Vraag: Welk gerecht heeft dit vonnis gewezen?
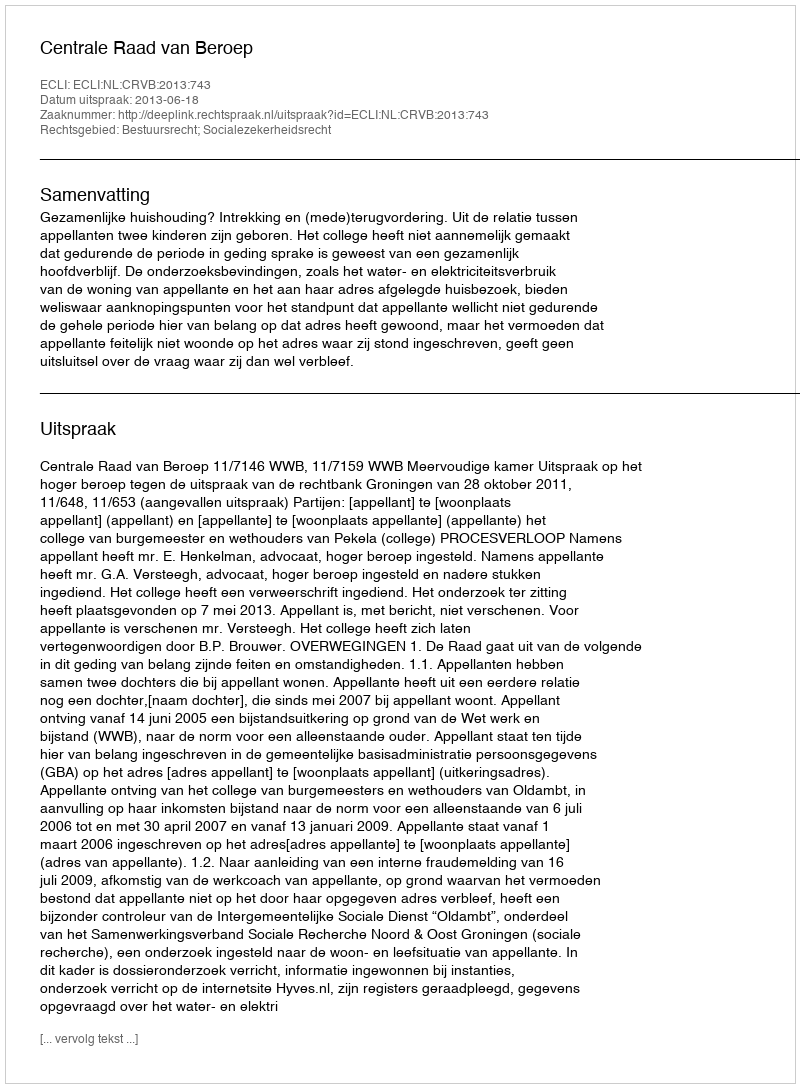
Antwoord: Centrale Raad van Beroep